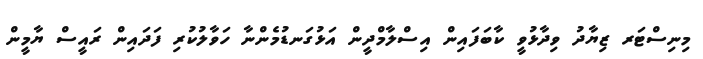
މިނިސްޓަރ ޒިޔާދު ވިދާޅުވީ ކާބަފައިން އިސްލާމްދީން އަޅުގަނޑުމެންނާ ހަވާލުކުރި ފަދައިން ރައީސް ޔާމީން